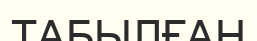
ТАБЫЛҒАН